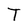
Character: T